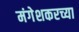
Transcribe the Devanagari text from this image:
मंगेशकरच्या